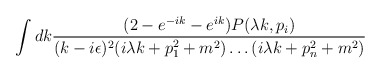
\begin{align*}\int dk \frac{(2-e^{-ik}-e^{ik})P( \lambda k,p_i)}{(k-i \epsilon)^2(i\lambda k+p_1^2+m^2) \ldots (i \lambda k+p_n^2+m^2)} \end{align*}